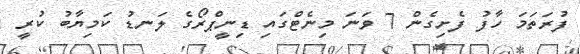
ފުރަތަމަ ހާފު ފެށިގެން 7 ވަނަ މިނެޓްގައި ޑިނީޕްރޯގެ ލަނޑު ކަމިޔާބު ކުރީ